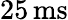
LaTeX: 25\, \mathrm{ms}